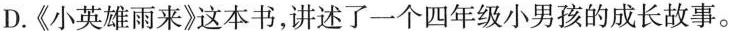
D.《小英雄雨来》这本书，讲述了一个四年级小男孩的成长故事。